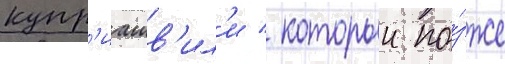
купр'иашв'ил'и / которыи по́зже